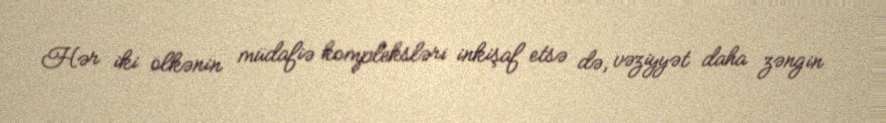
Hər iki ölkənin müdafiə kompleksləri inkişaf etsə də, vəziyyət daha zəngin